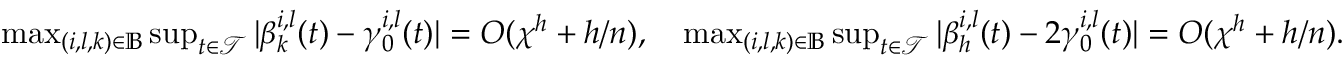
\begin{array} { r } { \operatorname* { m a x } _ { ( i , l , k ) \in \mathbb { B } } \operatorname* { s u p } _ { t \in \mathcal { T } } | \beta _ { k } ^ { i , l } ( t ) - \gamma _ { 0 } ^ { i , l } ( t ) | = O ( \chi ^ { h } + h / n ) , \quad \operatorname* { m a x } _ { ( i , l , k ) \in \mathbb { B } } \operatorname* { s u p } _ { t \in \mathcal { T } } | \beta _ { h } ^ { i , l } ( t ) - 2 \gamma _ { 0 } ^ { i , l } ( t ) | = O ( \chi ^ { h } + h / n ) . } \end{array}